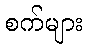
စက်များ